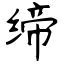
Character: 缔